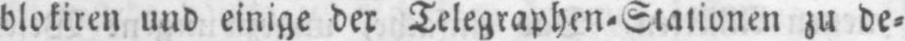
blokiren und einige der Telegraphen⸗Stationen zu de⸗